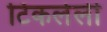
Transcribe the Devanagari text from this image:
टिकलेली